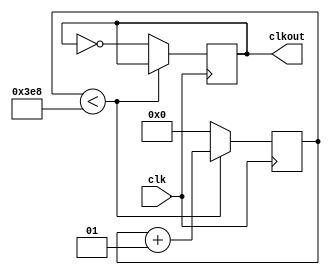
module divider
(clk, clkout);
input  clk;
output clkout;
reg    clkout;
parameter N = 1000;
integer cnt;

always @(posedge clk)
begin
	if(cnt<N)
	begin
		cnt = cnt + 1;
	end
	else
	begin
		cnt = 0;
		clkout <= !clkout;
	end
end
endmodule